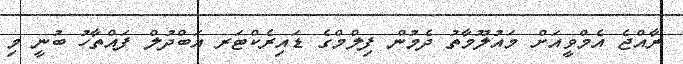
ރާއްޖެ އެމްވީއަށް މައުލޫމާތު ދެމުން ފިލްމްގެ ޑައިރެކްޓަރ އަބްދުލް ފައްތާހު ބުނީ މި